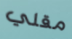
مقلي